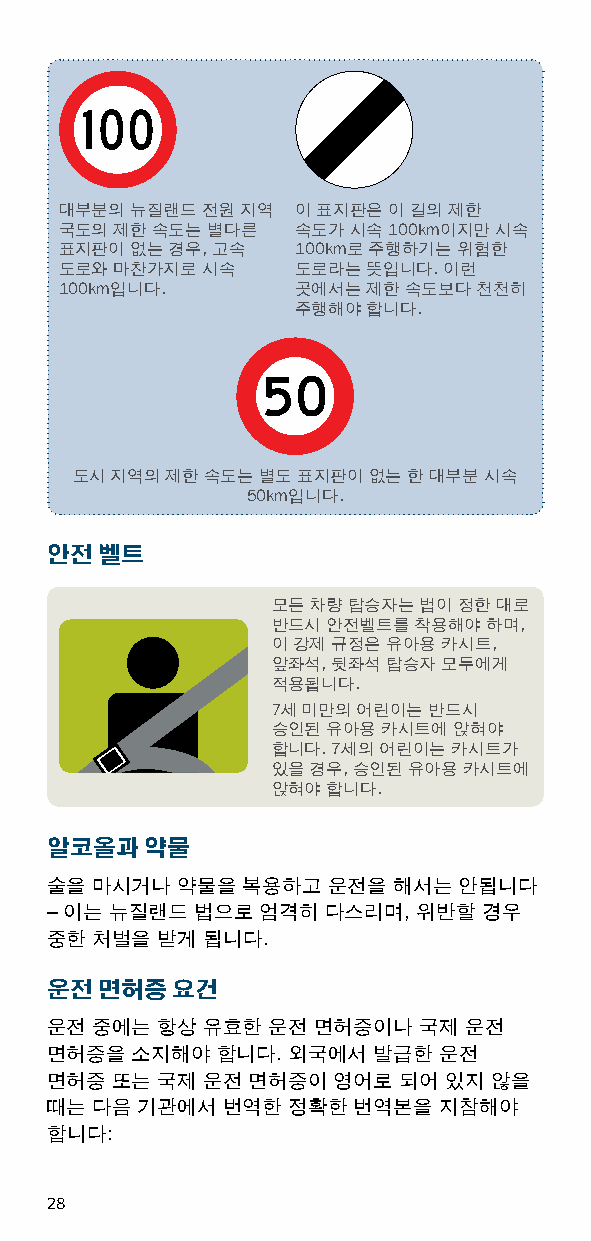
대부분의 뉴질랜드 전원 지역 이 표지판은 이 길의 제한
 국도의 제한 속도는 별다른  속도가 시속 100km이지만 시속
 표지판이 없는 경우, 고속  100km로 주행하기는 위험한
 도로와 마찬가지로 시속    도로라는 뜻입니다. 이런
 100km입니다.       곳에서는 제한 속도보다 천천히
 주행해야 합니다.
 도시 지역의 제한 속도는 별도 표지판이 없는 한 대부분 시속
 50km입니다.
 안전 벨트
 모든 차량 탑승자는 법이 정한 대로
 반드시 안전벨트를 착용해야 하며,
 이 강제 규정은 유아용 카시트,
 앞좌석, 뒷좌석 탑승자 모두에게
 적용됩니다.
 7세 미만의 어린이는 반드시
 승인된 유아용 카시트에 앉혀야
 합니다. 7세의 어린이는 카시트가
 있을 경우, 승인된 유아용 카시트에
 앉혀야 합니다.
 알코올과   약물
 술을 마시거나  약물을 복용하고  운전을 해서는 안됩니다
 – 이는 뉴질랜드 법으로 엄격히  다스리며, 위반할 경우
 중한 처벌을 받게 됩니다.
 운전 면허증  요건
 운전 중에는 항상 유효한  운전 면허증이나  국제 운전
 면허증을  소지해야 합니다. 외국에서  발급한 운전
 면허증 또는 국제 운전 면허증이  영어로 되어 있지 않을
 때는 다음 기관에서  번역한 정확한 번역본을  지참해야
 합니다:
 28